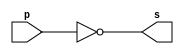
// -------------------------
// Exemplo0002 - NOT 
// Nome: Guilherme Rodrigues Melo de Oliveira
// ------------------------- 
// -------------------------
// -- not gate 
// ------------------------- 
module notgate (output s, 
                             input  p); 
 assign s = ~p; 
endmodule // notgate 
 
// ------------------------- 
// -- test not gate 
// ------------------------- 
module testnotgate; 
// ------------------------- dados locais 
   reg    a;   // definir registrador 
                   // (variavel independente) 
   wire   s;   // definir conexao (fio) 
                   // (variavel dependente  ) 
// ------------------------- instancia 
   notgate NOT1 (s, a); 
// ------------------------- preparacao 
   initial begin:start 
      a=0; 
   end 
   // ------------------------- parte principal
   initial begin 
      $display("Exemplo0002 - Guilherme Rodrigues Melo de Oliveira - 427409"); 
      $display("Test NOT gate"); 
      $display("\n~a = s\n"); 
      a=0; 
  #1  $display("~%b = %b", a, s); 
      a=1; 
  #1  $display("~%b = %b", a, s); 
 end 
 
endmodule // testnotgate